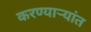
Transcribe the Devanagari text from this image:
करण्यार्‍यांत